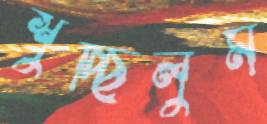
শুচ্ছিলুম